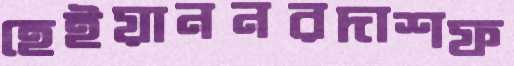
হেইয়াননরদাশফ